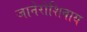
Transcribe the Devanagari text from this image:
जानेरोशिवाय